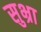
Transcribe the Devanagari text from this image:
सुभ्रा